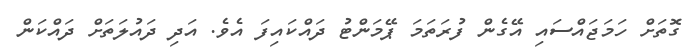
ގޮތަށް ހަމަޖައްސައި އޭގެން ފުރަތަމަ ޕޭމަންޓު ދައްކައިފަ އެވެ. އަދި ދައުލަތަށް ދައްކަން